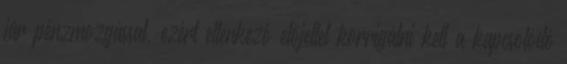
jár pénzmozgással, ezért ellenkező előjellel korrigálni kell a kapcsolódó